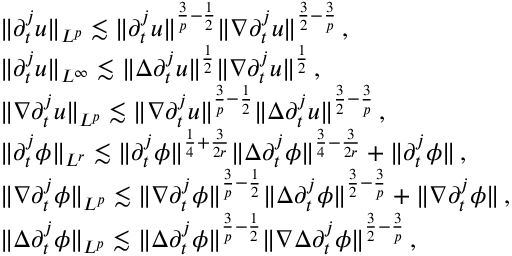
\begin{array} { r l } & { \| \partial _ { t } ^ { j } u \| _ { L ^ { p } } \lesssim \| \partial _ { t } ^ { j } u \| ^ { \frac { 3 } { p } - \frac { 1 } { 2 } } \| \nabla \partial _ { t } ^ { j } u \| ^ { \frac { 3 } { 2 } - \frac { 3 } { p } } \, , } \\ & { \| \partial _ { t } ^ { j } u \| _ { L ^ { \infty } } \lesssim \| \Delta \partial _ { t } ^ { j } u \| ^ { \frac { 1 } { 2 } } \| \nabla \partial _ { t } ^ { j } u \| ^ { \frac { 1 } { 2 } } \, , } \\ & { \| \nabla \partial _ { t } ^ { j } u \| _ { L ^ { p } } \lesssim \| \nabla \partial _ { t } ^ { j } u \| ^ { \frac { 3 } { p } - \frac { 1 } { 2 } } \| \Delta \partial _ { t } ^ { j } u \| ^ { \frac { 3 } { 2 } - \frac { 3 } { p } } \, , } \\ & { \| \partial _ { t } ^ { j } \phi \| _ { L ^ { r } } \lesssim \| \partial _ { t } ^ { j } \phi \| ^ { \frac { 1 } { 4 } + \frac { 3 } { 2 r } } \| \Delta \partial _ { t } ^ { j } \phi \| ^ { \frac { 3 } { 4 } - \frac { 3 } { 2 r } } + \| \partial _ { t } ^ { j } \phi \| \, , } \\ & { \| \nabla \partial _ { t } ^ { j } \phi \| _ { L ^ { p } } \lesssim \| \nabla \partial _ { t } ^ { j } \phi \| ^ { \frac { 3 } { p } - \frac { 1 } { 2 } } \| \Delta \partial _ { t } ^ { j } \phi \| ^ { \frac { 3 } { 2 } - \frac { 3 } { p } } + \| \nabla \partial _ { t } ^ { j } \phi \| \, , } \\ & { \| \Delta \partial _ { t } ^ { j } \phi \| _ { L ^ { p } } \lesssim \| \Delta \partial _ { t } ^ { j } \phi \| ^ { \frac { 3 } { p } - \frac { 1 } { 2 } } \| \nabla \Delta \partial _ { t } ^ { j } \phi \| ^ { \frac { 3 } { 2 } - \frac { 3 } { p } } \, , } \end{array}